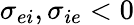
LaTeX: \sigma_{ei},\sigma_{ie}<0